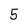
Character: 5